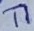
Text: T1